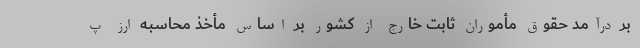
بر درآمد حقوق مأموران ثابت خارج از کشور بر اساس مأخذ محاسبه ارز پ